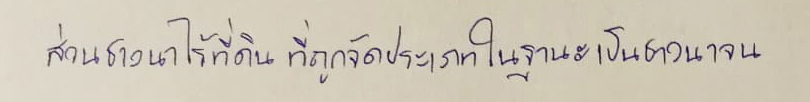
ส่วนชาวนาไร้ที่ดินที่ถูกจัดประเภทในฐานะเป็นชาวนาจน